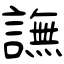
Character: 譕